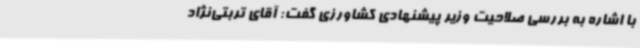
با اشاره به بررسی صلاحیت وزیر پیشنهادی کشاورزی گفت: آقای تربتی‌نژاد